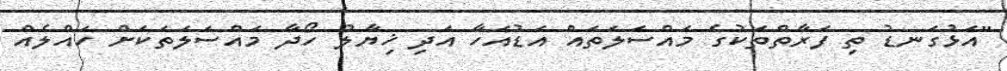
"އަޅުގަނޑު ތި ފަރާތްތަކުގެ މައްސަލަތައް އަޑުއަހާ އަދި ޚިޔާލު ހޯދާ މައްސަލަތަކަށް ހައްލެއް